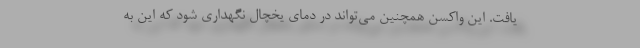
یافت. این واکسن همچنین می‌تواند در دمای یخچال نگهداری شود که این به